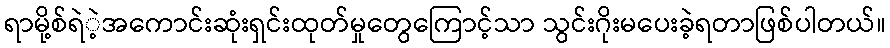
ရာမို့စ်ရဲဲ့အကောင်းဆုံးရှင်းထုတ်မှုတွေကြောင့်သာ သွင်းဂိုးမပေးခဲ့ရတာဖြစ်ပါတယ်။